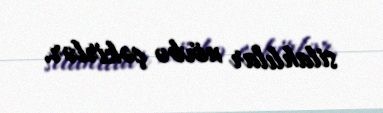
silahlılar növbə çəkirlər.